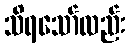
သိရသော်လည်း